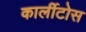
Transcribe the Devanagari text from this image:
कार्लीटोस